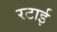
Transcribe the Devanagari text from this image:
रटाई